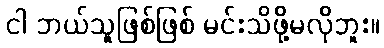
ငါ ဘယ်သူဖြစ်ဖြစ် မင်းသိဖို့မလိုဘူး။